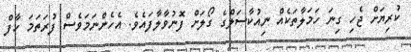
ކުރިޔަށް ޖެހި ގިނަ ހަމަލާތަކެއް ނިއުކާސަލްގެ ގޯލަށް ފޮނުވާލާފައެވެ. އެހެންނަމަވެސް ފުރަތަމަ ހާފް